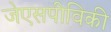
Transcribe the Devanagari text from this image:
जेएसपीविकी